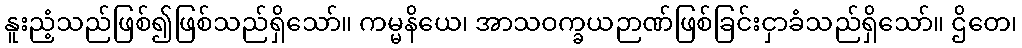
နူးညံ့သည်ဖြစ်၍ဖြစ်သည်ရှိသော်။ ကမ္မနိယေ၊ အာသဝက္ခယဉာဏ်ဖြစ်ခြင်းငှာခံသည်ရှိသော်။ ဌိတေ၊